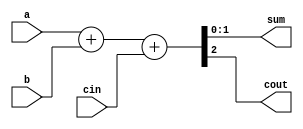
module bit2adder(a,b,sum,cout,cin);
    input  [1:0]a,b; 
    input  cin;
    output [1:0]sum;
    output cout;

    assign {cout,sum} = a+b+cin ;


endmodule